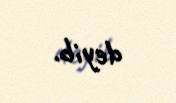
deyib.